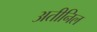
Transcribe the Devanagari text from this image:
अतीनिल